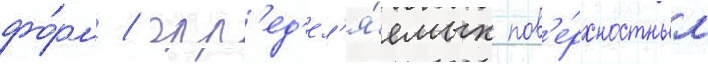
фо́рм / опр'ед'ел'я́емых пов'е́рхностным